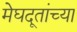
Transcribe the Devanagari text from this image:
मेघदूतांच्या